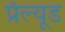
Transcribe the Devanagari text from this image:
प्रॅल्यूड